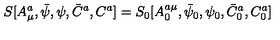
S [ A _ { \mu } ^ { a } , \bar { \psi } , \psi , \bar { C } ^ { a } , C ^ { a } ] = S _ { 0 } [ A _ { 0 } ^ { a \mu } , \bar { \psi } _ { 0 } , \psi _ { 0 } , \bar { C } _ { 0 } ^ { a } , C _ { 0 } ^ { a } ]